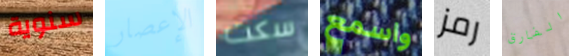
سنوية الإعصار سكت واسمع رمز الفارق